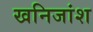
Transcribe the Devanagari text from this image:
खनिजांश